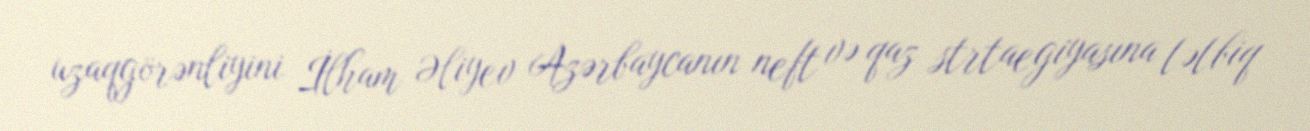
uzaqgörənliyini İlham Əliyev Azərbaycanın neft və qaz strtaegiyasına tətbiq